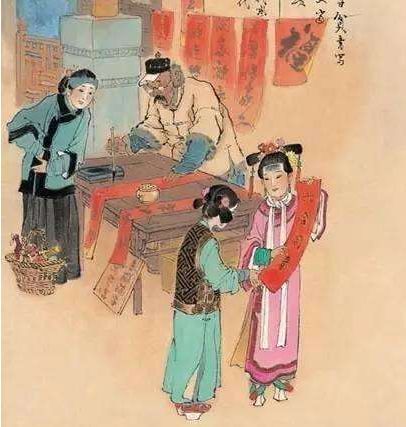
尚忆先朝多乐事，孝皇曾为两宫开。